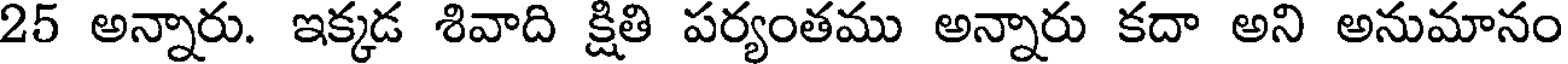
25 అన్నారు. ఇక్కడ శివాది క్షితి పర్యంతము అన్నారు కదా అని అనుమానం